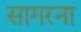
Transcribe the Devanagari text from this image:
सागरना